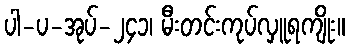
ပါ-ပ-အုပ်-၂၄၁၊ မီးတင်းကုပ်လှူရကျိုး။